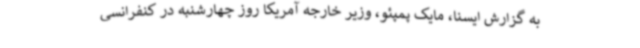
به گزارش ایسنا، مایک پمپئو، وزیر خارجه آمریکا روز چهارشنبه در کنفرانسی